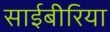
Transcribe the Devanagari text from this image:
साईबीरिया